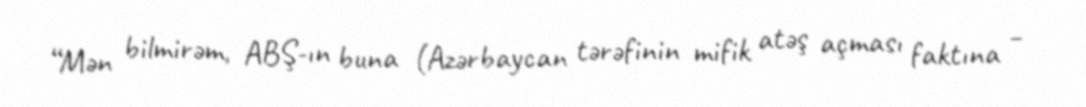
“Mən bilmirəm, ABŞ-ın buna (Azərbaycan tərəfinin mifik atəş açması faktına –